Scottish Certificate of Education, 1963
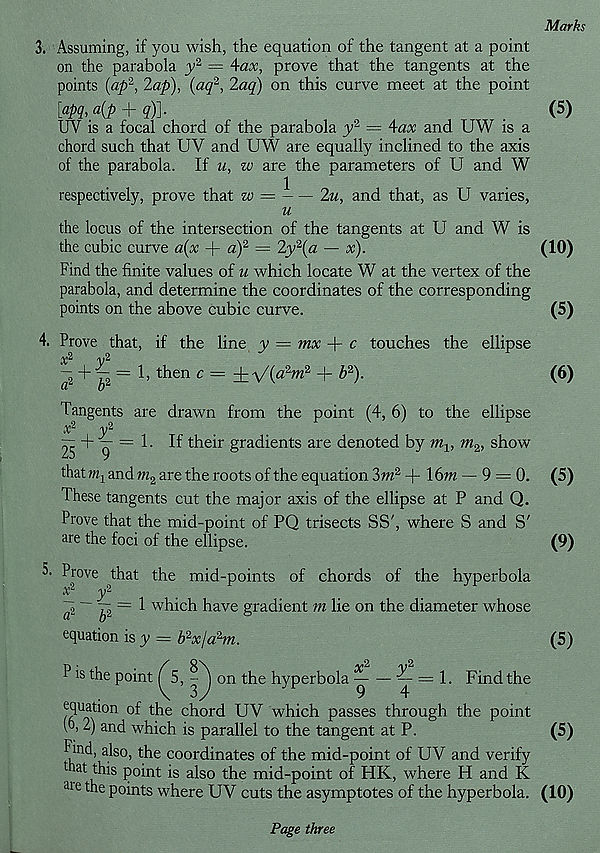
Marks
3. Assuming, if you wish, the equation of the tangent at a point
on the parabola y 2 — Aax, prove that the tangents at the
points (ap l , lap), {aq 2 , 2aq) on this curve meet at the point
[apq,a{p + q)].
(5)
UV is a focal chord of the parabola y 2 = Aax and UW is a
chord such that UV and UW are equally inclined to the axis
of the parabola. If u, w are the parameters of U and W
respectively, prove that w = ~ — 2u, and that, as U varies,
u
the locus of the intersection of the tangents at U and W is
the cubic curve a(x -|- a) 2 — 2y' 2 (a — x).
(10)
Find the finite values of u which locate W at the vertex of the
parabola, and determine the coordinates of the corresponding
points on the above cubic curve.
(5)
4. Prove that, if the line y — mx + c touches the ellipse
+ y; = 1, then c =
-f b 2 ).
b 2
Tangents are drawn from the point (4, 6) to the ellipse
X 2 y 2
^ ^ = 1. If their gradients are denoted by
m. 2 , show
that m 1 and m % are the roots of the equation 3m 2 + 16m. — 9 = 0.
These tangents cut the major axis of the ellipse at P and Q.
Prove that the mid-point of PQ trisects SS', where S and S'
are the foci of the ellipse.
5. Prove that
a 2
b 2
the mid-points of chords of the hyperbola
which have gradient m lie on the diameter whose
equation is y = b 2 x/a 2 m.
(6)
(5)
(9)
(5)
P is the point T 5, -''j on the hyperbola
= 1. Find the
x*
y‘
^
Jr
- - -
equation of the chord UV which passes through the point
IT 2) and which is parallel to the tangent at P.
Find, also, the coordinates of the mid-point of UV and verify
that this point is also the mid-point of HK, where H and K
aie
points where UV cuts the asymptotes of the hyperbola.
(5)
(10)
Page three